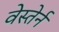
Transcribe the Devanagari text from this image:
वेस्तेर्न